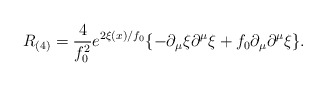
\begin{align*}R_{(4)}=\frac{4}{f_{0}^{2}}e^{2\xi (x)/f_{0}}\{-\partial _{\mu }\xi \partial ^{\mu }\xi +f_{0}\partial _{\mu }\partial ^{\mu }\xi \}.\end{align*}